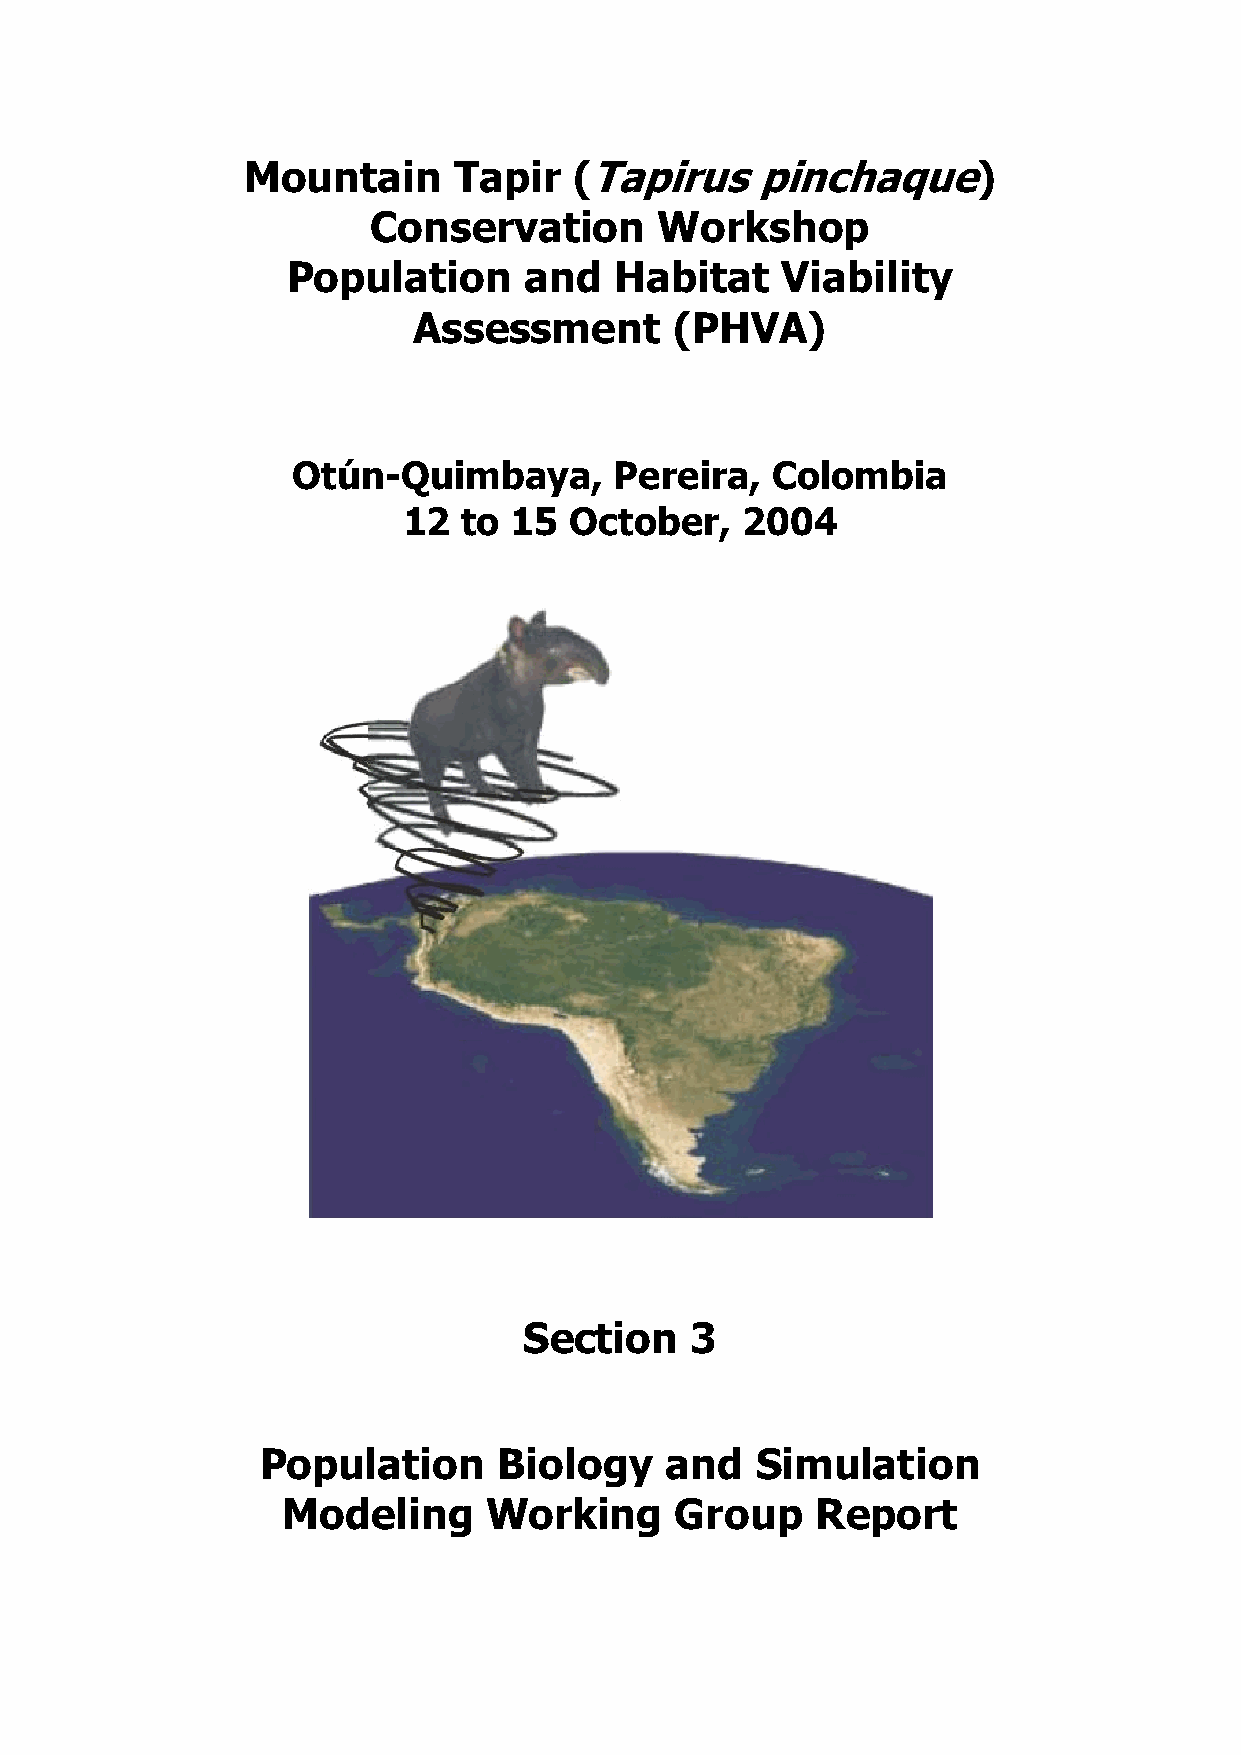
Mountain      Tapir   (Tapirus    pinchaque)
 Conservation       Workshop
 Population      and   Habitat    Viability
 Assessment        (PHVA)
 Otún-Quimbaya,        Pereira,  Colombia
 12  to 15  October,   2004
 Section    3
 Population      Biology    and   Simulation
 Modeling     Working      Group    Report